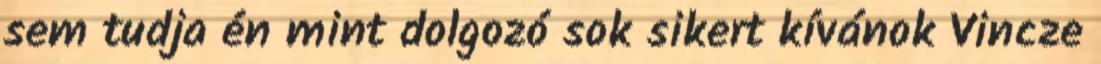
sem tudja én mint dolgozó sok sikert kívánok Vincze